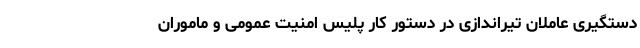
دستگیری عاملان تیراندازی در دستور کار پلیس امنیت عمومی و ماموران